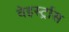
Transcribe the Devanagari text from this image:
वेइर्स्ट्रास